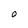
Character: O